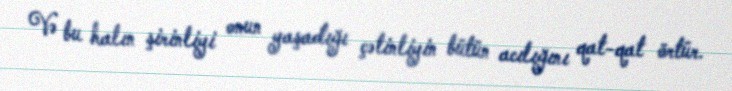
Və bu halın şirinliyi onun yaşadığı çətinliyin bütün acılığını qat-qat örtür.